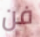
فن